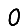
Digit: 0